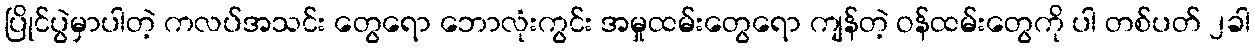
ပြိုင်ပွဲမှာပါတဲ့ ကလပ်အသင်း တွေရော ဘောလုံးကွင်း အမှုထမ်းတွေရော ကျန်တဲ့ ဝန်ထမ်းတွေကို ပါ တစ်ပတ် ၂ခါ